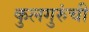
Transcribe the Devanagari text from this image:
कुलगुरुंची